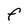
Character: F